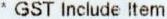
* GST INCLUDE ITEM